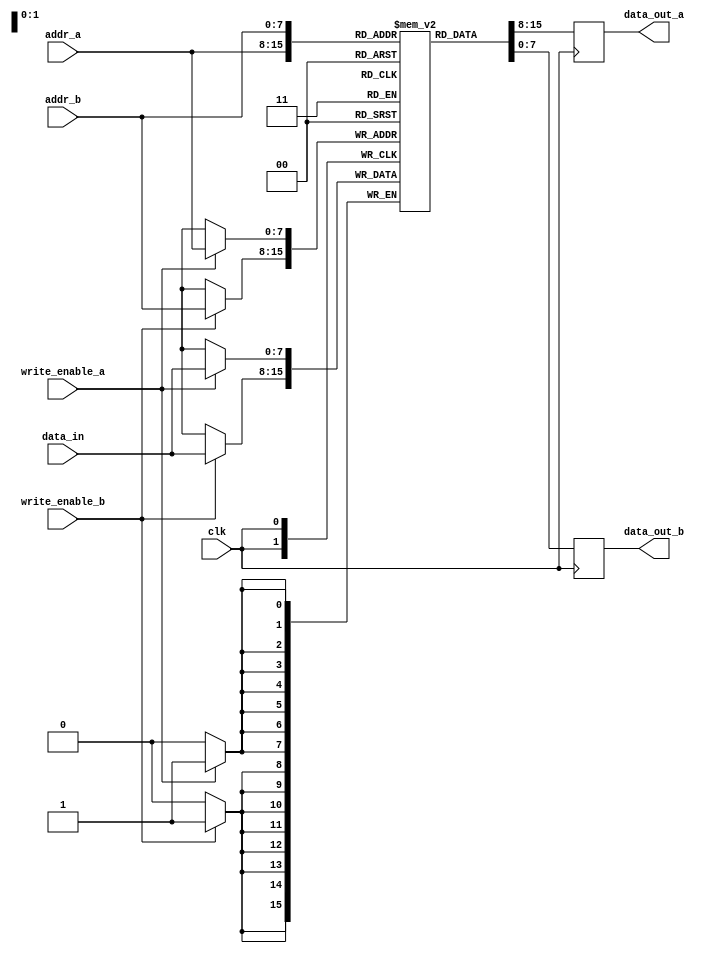
module dual_port_ram (
  input wire clk,
  input wire [7:0] addr_a,
  input wire [7:0] addr_b,
  input wire [7:0] data_in,
  input wire write_enable_a,
  input wire write_enable_b,
  
  output reg [7:0] data_out_a,
  output reg [7:0] data_out_b
);

reg [7:0] memory [0:255];

always @(posedge clk) begin
  if(write_enable_a) begin
    memory[addr_a] <= data_in;
  end
  
  if(write_enable_b) begin
    memory[addr_b] <= data_in;
  end
  
  data_out_a <= memory[addr_a];
  data_out_b <= memory[addr_b];
  
end
  
endmodule